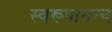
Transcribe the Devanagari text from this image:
स्वरूपानन्द